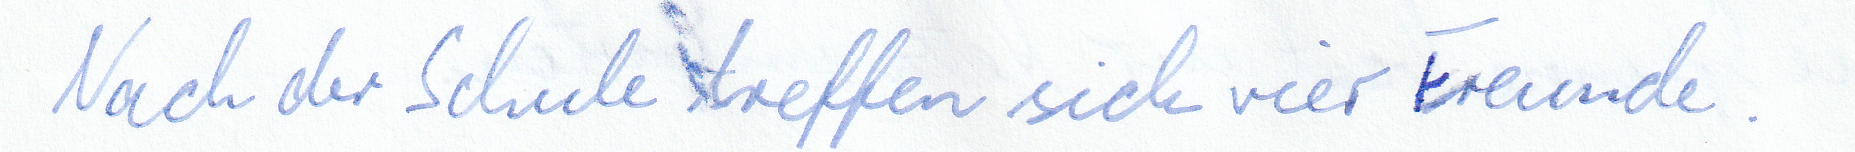
Nach der Schule treffen sich vier Freunde.